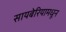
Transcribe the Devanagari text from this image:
सायबेरियामधून